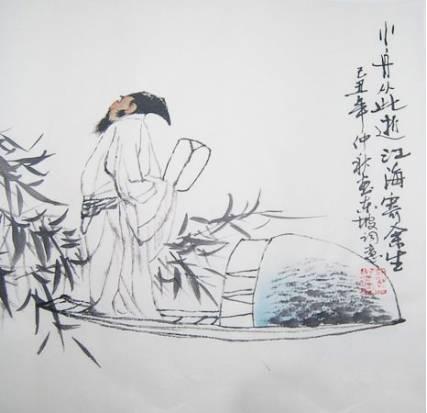
君子务知大者远者，小人务知小者近者。